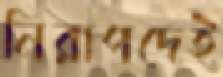
নিরাপদেই